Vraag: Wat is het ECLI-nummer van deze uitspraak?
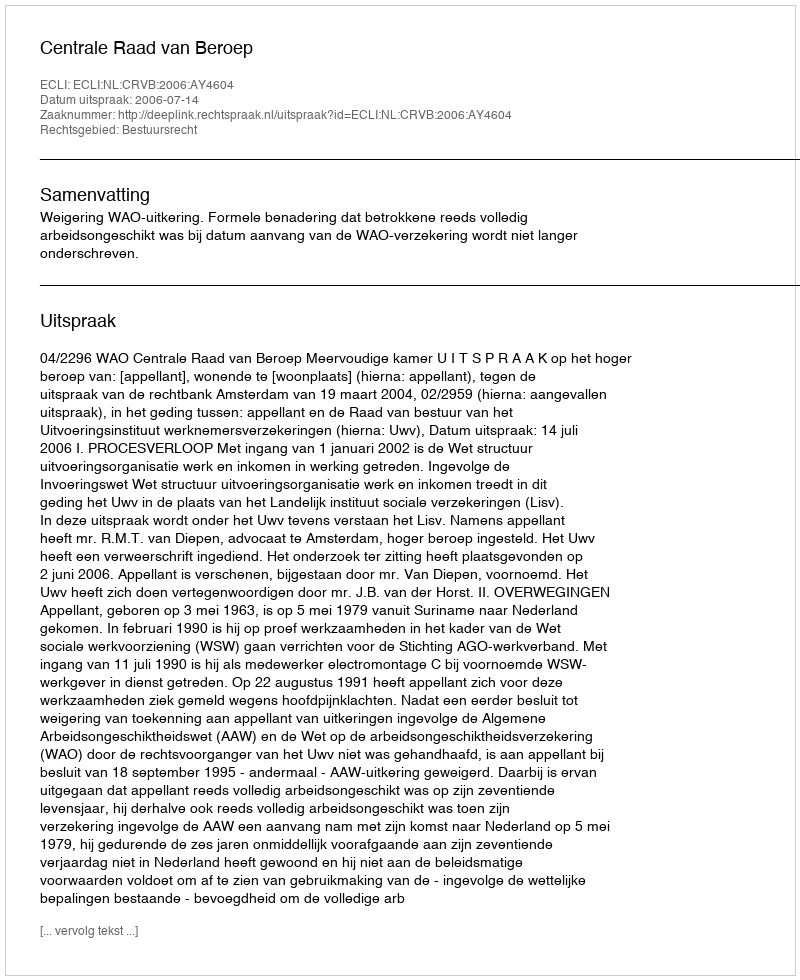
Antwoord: ECLI:NL:CRVB:2006:AY4604